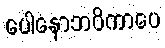
ပေါနောဘဝိကာပေ